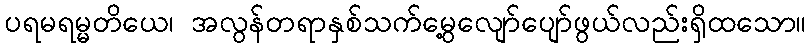
ပရမရမ္မတိယေ၊ အလွန်တရာနှစ်သက်မွေ့လျော်ပျော်ဖွယ်လည်းရှိထသော။